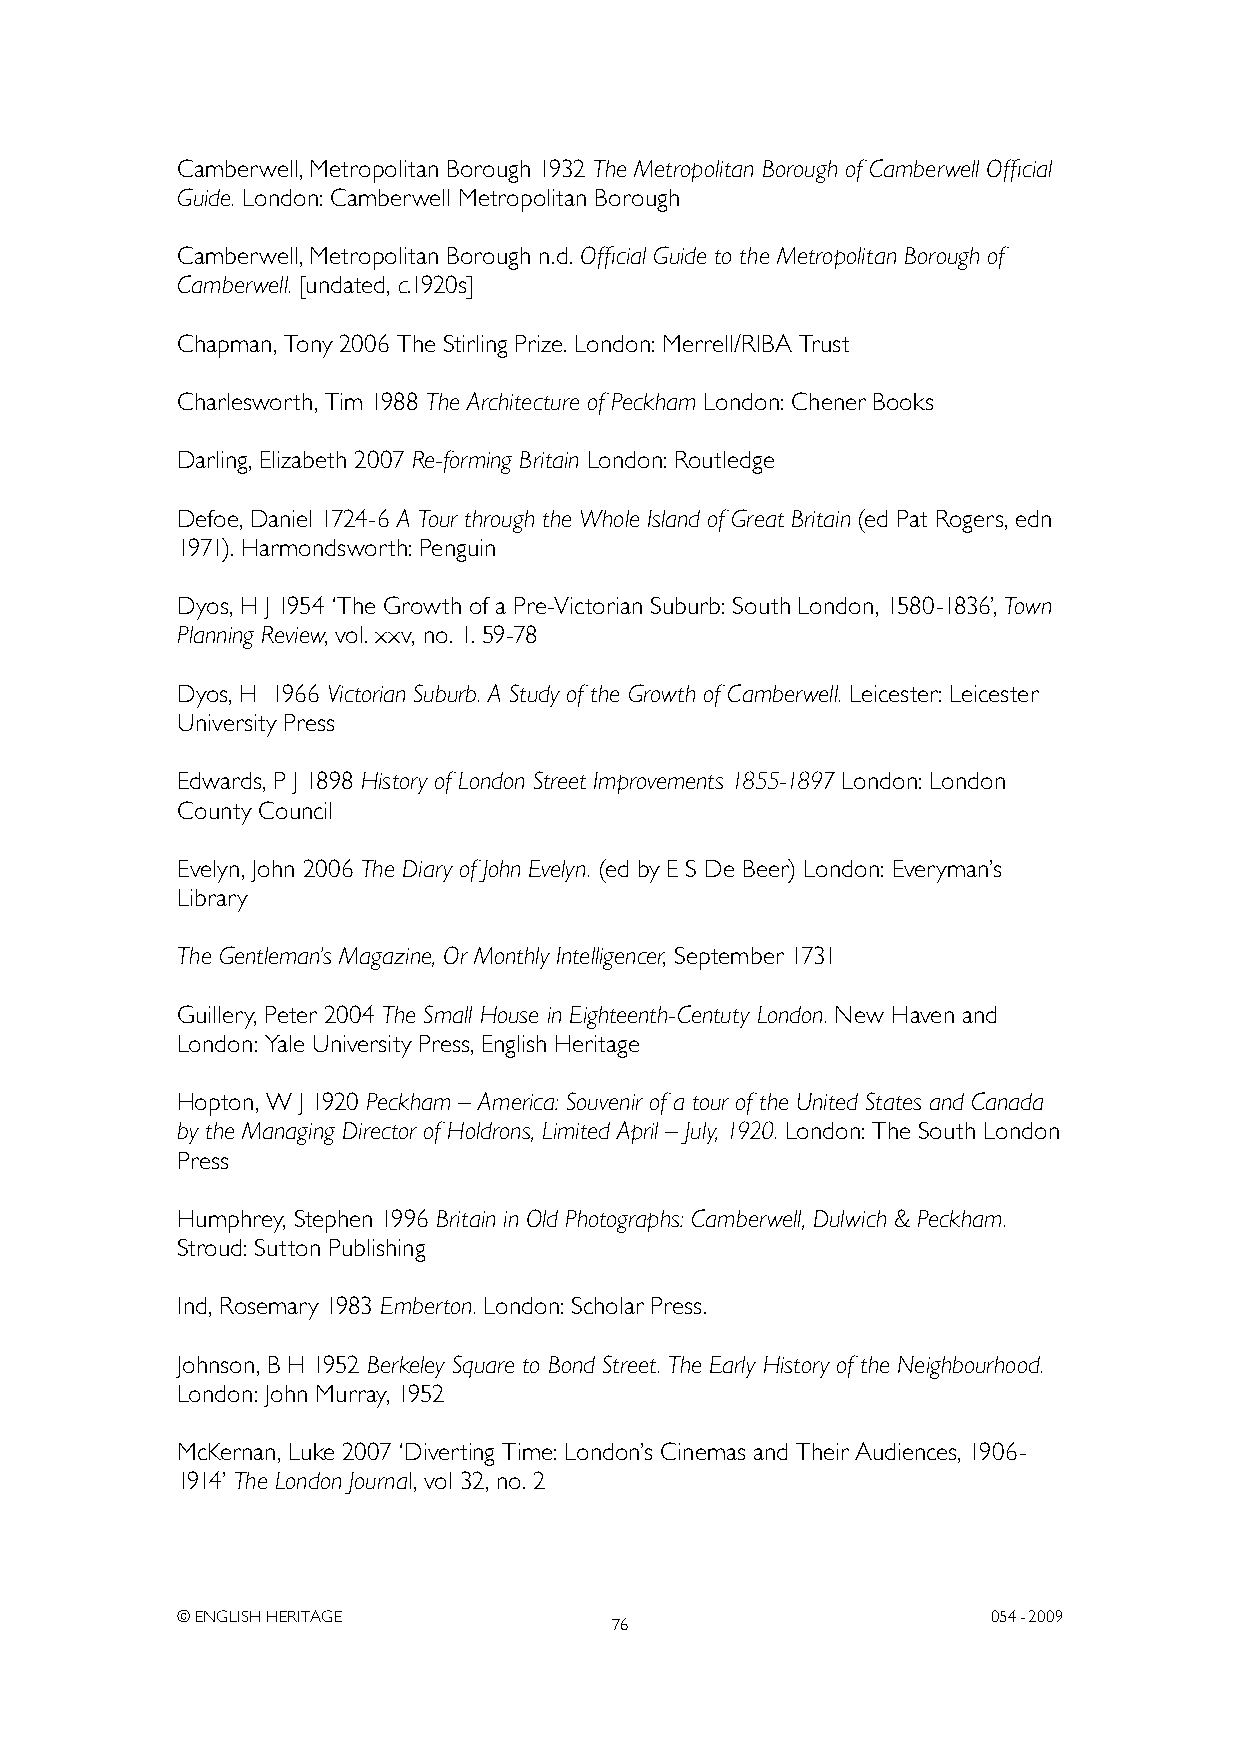
Camberwell, Metropolitan Borough 1932 The Metropolitan Borough of Camberwell Official
 Guide. London: Camberwell Metropolitan Borough
 Camberwell, Metropolitan Borough n.d. Official Guide to the Metropolitan Borough of
 Camberwell. [undated, c.1920s]
 Chapman, Tony 2006 The Stirling Prize. London: Merrell/RIBA Trust
 Charlesworth, Tim 1988 The Architecture of Peckham London: Chener Books
 Darling, Elizabeth 2007 Re-forming Britain London: Routledge
 Defoe, Daniel 1724-6 A Tour through the Whole Island of Great Britain (ed Pat Rogers, edn
 1971). Harmondsworth: Penguin
 Dyos, H J 1954 ‘The Growth of a Pre-Victorian Suburb: South London, 1580-1836’, Town
 Planning Review, vol. xxv, no. 1. 59-78
 Dyos, H 1966 Victorian Suburb. A Study of the Growth of Camberwell. Leicester: Leicester
 University Press
 Edwards, P J 1898 History of London Street Improvements 1855-1897 London: London
 County Council
 Evelyn, John 2006 The Diary of John Evelyn. (ed by E S De Beer) London: Everyman’s
 Library
 The Gentleman’s Magazine, Or Monthly Intelligencer, September 1731
 Guillery, Peter 2004 The Small House in Eighteenth-Centuty London. New Haven and
 London: yale University Press, English Heritage
 Hopton, W J 1920 Peckham – America: Souvenir of a tour of the United States and Canada
 by the Managing Director of Holdrons, Limited April – July, 1920. London: The South London
 Press
 Humphrey, Stephen 1996 Britain in Old Photographs: Camberwell, Dulwich & Peckham.
 Stroud: Sutton Publishing
 Ind, Rosemary 1983 Emberton. London: Scholar Press.
 Johnson, B H 1952 Berkeley Square to Bond Street. The Early History of the Neighbourhood.
 London: John Murray, 1952
 McKernan, Luke 2007 ‘Diverting Time: London’s Cinemas and Their Audiences, 1906-
 1914’ The London Journal, vol 32, no. 2
 © ENGLISH HERITAGE                                    054- 2009
 76